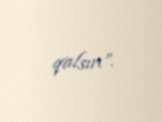
qalsın”.